Annual report on the health of the army in India
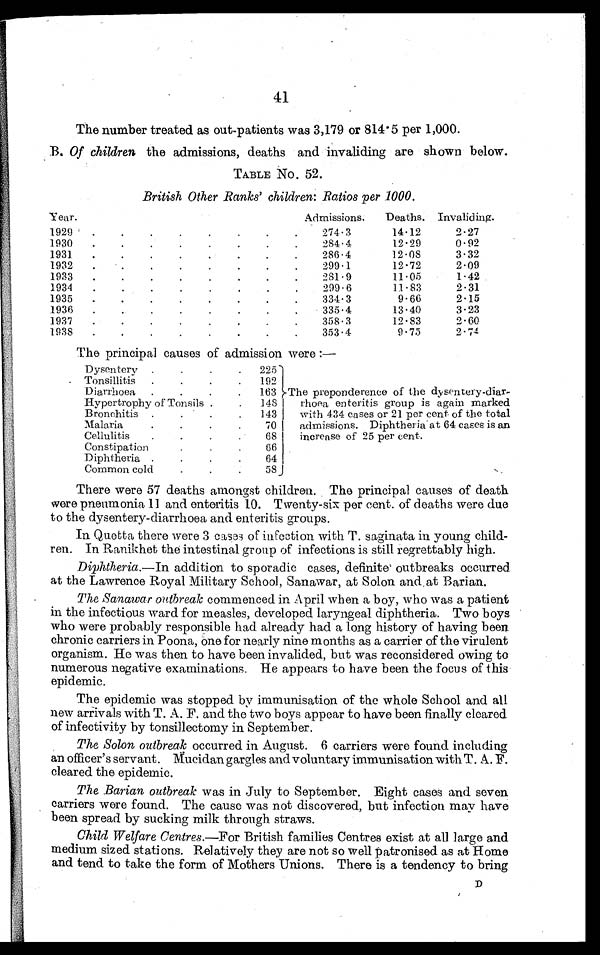
41
The number treated as out-patients was 3,179 or 814.5 per 1,000.
B. Of children the admissions, deaths and invaliding are shown below.
TABLE No. 52.
British Other Ranks' children: Ratios per 1000.
Year.
Admissions.
Deaths. Invaliding.
1929
.
.
.
.
.
.
.
.
274.3
1 4 . 1 2
2.27
1930
.
.
.
.
.
.
.
.
284.4
12.29
0.92
1931.
.
.
.
.
.
.
.
286.4
12.08
3.32
1932
.
.
.
.
.
.
.
.
299.1
1 2 . 7 2
2.09
1933
.
.
.
.
.
.
.
.
281.9
11.05
1.42
1934
.
.
.
.
.
.
.
.
299.6
11.83
2.31
1935
.
.
.
.
.
.
.
.
334.3
9.66
2.15
1936
.
.
.
.
.
.
.
.
335.4
13.40
3.23
1937
.
.
.
.
.
.
.
.
358.3
12.83
2.60
1938
.
.
.
.
.
.
.
.
353.4
9.75
2.74
The principal causes of admission were :—
.
Dysentery.
225
The preponderence of the dysentery-diar
-rhoea enteritis group is again marked
with 434 cases or 21 per cent of the total
admissions. Diphtheria at 64 cases is an
increase of 25 per cent.
.
.
Tonsillitis.
192
Diarrhoea
..
163
Hypertrophy of Tonsils .
.
148
B Bronchitis ..
143
Malaria.
70
Cellulitis. .
.
68
.
Constipation.
66
Diphtheria..
.
,
64
Common cold.
58
There were 57 deaths amongst children. The principal causes of death
were pneumonia 11 and enteritis 10. Twenty-six per cent. of deaths were due
to the dysentery-diarrhoea and. enteritis groups.
In Quetta there were 3 cases of infection with T. saginata in young child-
ren. In Ranikhet the intestinal group of infections is still regrettably high.
Diphtheria.—In addition to sporadic cases, definite outbreaks occurred
at the Lawrence Royal Military School, Sanawar, at Solon and at Barian.
The Sanawar outbreak commenced in April when a boy, who was a patient
in the infectious ward for measles, developed laryngeal diphtheria. Two boys
who were probably responsible had already had a long history of having been
chronic carriers in Poona, one for nearly nine months as a carrier of the virulent
organism. He was then to have been invalided, but was reconsidered owing to
numerous negative examinations. He appears to have been the focus of this
epidemic.
The epidemic was stopped by immunisation of the whole School and all
new arrivals with T. A. F. and the two boys appear to have been finally cleared
of infectivity by tonsillectomy in September.
The Solon outbreak occurred in August. 6 carriers were found including
an officer's servant. Mucidan gargles and voluntary immunisation with T. A. F.
cleared the epidemic.
The Barian outbreak was in July to September. Eight cases and seven
carriers were found. The cause was not discovered, but infection may have
been spread by sucking milk through straws.
Child Welfare Centres .—For British families Centres exist at all large and
medium sized stations. Relatively they are not so well patronised as at Home
and tend to take the form of Mothers Unions. There is a tendency to bring